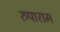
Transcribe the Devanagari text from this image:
रुपाराम